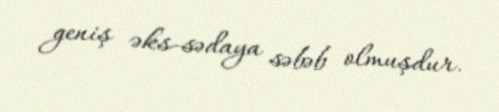
geniş əks-sədaya səbəb olmuşdur.